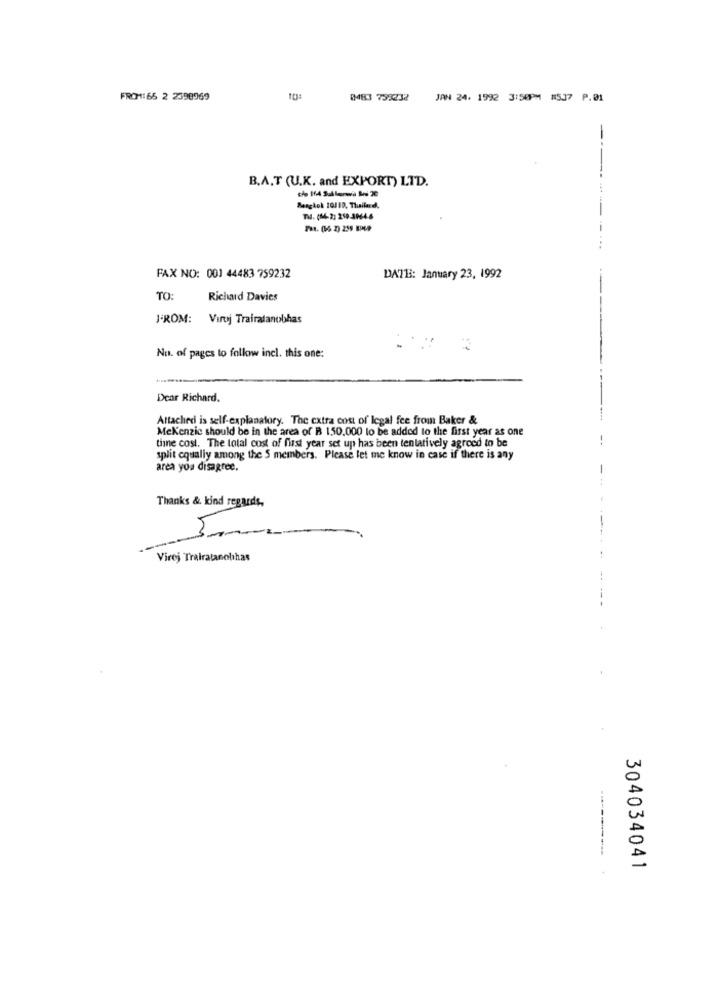
FROM: 66 2 2398969
IM83 759232
JAN 24. 1992 3:50PM #537 P.01
B.A.T (U.K. and EXPORT) LTD.
Bangkok 10/18, Thailand.
TH. (04-23 210-3064-6
FAX NO: 001 44483 759232
DA713: January 23, 1992
TO:
Richard Davies
FROM: Viroj Trairatanobhas
Nu. of pages to follow incl. this one:
Dear Richard.
Attached is self-explanatory. The extra cost of legal fee from Baker &
Mckenzie should be in the area of B 150.000 lo be added to the first year as one
time cost. The total cost of first year set up has been tentatively agrocd in be
split equally among the S members. Please let me know in case if there is any
area yoa disagree.
Thanks & kind regards,
Virej Trairatanobhas
304034041